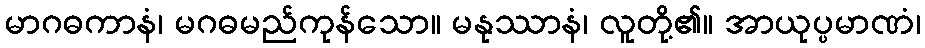
မာဂဓကာနံ၊ မဂဓမည်ကုန်သော။ မနုဿာနံ၊ လူတို့၏။ အာယုပ္ပမာဏံ၊